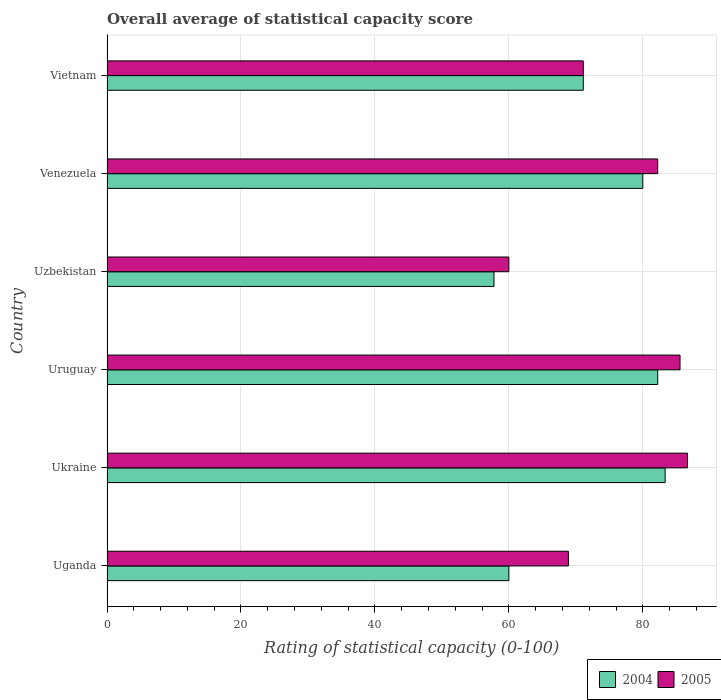
| Country | 2004 | 2005 |
 | --- | --- | --- |
 | Uganda | 60 | 68.9 |
 | Ukraine | 83.3 | 86.7 |
 | Uruguay | 82.2 | 85.6 |
 | Uzbekistan | 57.8 | 60 |
 | Venezuela | 80 | 82.2 |
 | Vietnam | 71.1 | 71.1 |